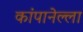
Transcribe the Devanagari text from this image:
कांपानेल्ला